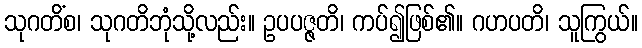
သုဂတိံစ၊ သုဂတိဘုံသို့လည်း။ ဥပပဇ္ဇတိ၊ ကပ်၍ဖြစ်၏။ ဂဟပတိ၊ သူကြွယ်။